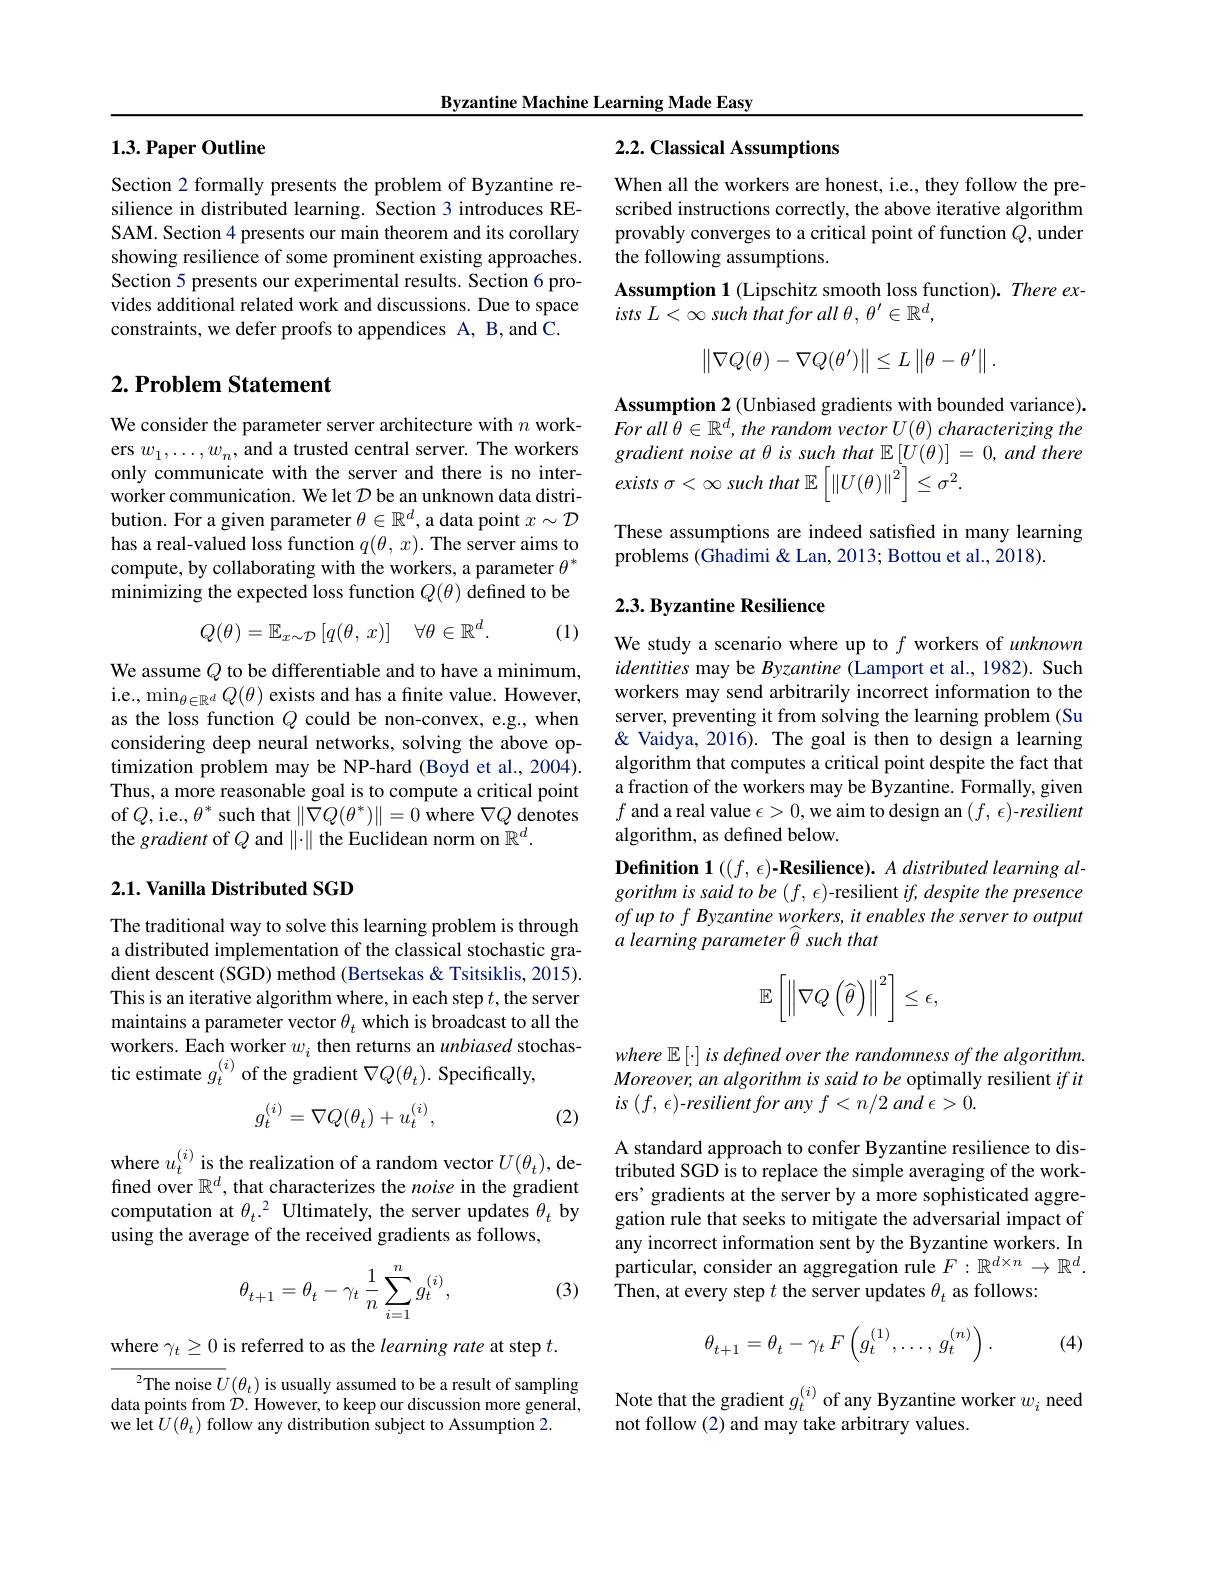
Byzantine Machine Learning Made Easy

## 1.3. Paper Outline

Section 2 formally presents the problem of Byzantine resilience in distributed learning. Section 3 introduces RESAM. Section 4 presents our main theorem and its corollary showing resilience of some prominent existing approaches. Section 5 presents our experimental results. Section 6 provides additional related work and discussions. Due to space constraints, we defer proofs to appendices A, B, and C.

## $2. \textbf{ Problem Statement}$

We consider the parameter server architecture with $n$ workers $w_1,\ldots,w_n$, and a trusted central server. The workers only communicate with the server and there is no interworker communication. We let $D$ be an unknown data distribution. For a given parameter $\theta\in\mathbb{R}^d$, a data point $x\sim\mathcal{D}$ has a real-valued loss function $q(\theta,x).$ The server aims to compute, by collaborating with the workers, a parameter $\theta^*$ minimizing the expected loss function $Q(\theta)$ defined to be
$$Q(\theta)=\mathbb{E}_{x\sim\mathcal{D}}\left[q(\theta,\:x)\right]\quad\forall\theta\in\mathbb{R}^{d}.$$
(1)

We assume $Q$ to be differentiable and to have a minimum, i.e., $\min_{\theta\in\mathbb{R}^d}Q(\theta)$ exists and has a finite value. However, as the loss function $Q$ could be non-convex, e.g., when considering deep neural networks, solving the above optimization problem may be NP-hard (Boyd et al., 2004). Thus, a more reasonable goal is to compute a critical point of $Q$,i.e., $\theta^*$ such that $\|\nabla Q(\theta^*)\|=0$ where $\nabla Q$ denotes the gradient of $Q$ and $\|\cdot\|$ the Euclidean norm on $\mathbb{R}^d.$

### 2.1. Vanilla Distributed SGD

The traditional way to solve this learning problem is through a distributed implementation of the classical stochastic gradient descent (SGD) method (Bertsekas & Tsitsiklis, 2015). This is an iterative algorithm where, in each step $t$,the server maintains a parameter vector $\theta_t$ which is broadcast to all the workers. Each worker $w_i$ then returns an unbiased stochastic estimate $g_t^{(i)}$ of the gradient $\nabla Q(\theta_t).$ Specifically,
$$g_t^{(i)}=\nabla Q(\theta_t)+u_t^{(i)},$$
(2)

where $u_t^{(i)}$ is the realization of a random vector $U(\theta_t)$, defined over $\mathbb{R}^d$, that characterizes the noise in the gradient computation at $\theta_t.^2$ Ultimately, the server updates $\theta_t$ by using the average of the received gradients as follows,

(3)
$$\theta_{t+1}=\theta_t-\gamma_t\:\frac{1}{n}\sum_{i=1}^ng_t^{(i)},$$
where $\gamma_t\geq0$ is referred to as the learning rate at step $t.$

$^2$The noise $U(\theta_t)$ is usually assumed to be a result of sampling data points from $\mathcal{D}.$ However, to keep our discussion more general, we let $U(\theta_{t})$ follow any distribution subject to Assumption 2.

## 2.2. Classical Assumptions

When all the workers are honest, i.e., they follow the prescribed instructions correctly, the above iterative algorithm provably converges to a critical point of function $\tilde{Q}$, under the following assumptions.
Assumption 1 (Lipschitz smooth loss function). There ex-
ists $L< \infty$ such that for all $\theta $, $\theta ^{\prime }\in \mathbb{R} ^d$,
$$\begin{Vmatrix}\nabla Q(\theta)-\nabla Q(\theta')\end{Vmatrix}\leq L\begin{Vmatrix}\theta-\theta'\end{Vmatrix}.$$
Assumption 2 (Unbiased gradients with bounded variance). Forall $\theta \in \mathbb{R} ^d, the$ random vector $U( \theta )$ characterizing the gradient noise at θ is such that $\mathbb{E}\left[U(\theta)\right]=0,and$ there exists $\sigma < \infty$ such that $\mathbb{E} \left [ \left \| U( \theta ) \right \| ^{2}\right ] \leq \sigma ^{2}.$

These assumptions are indeed satisfied in many learning
problems (Ghadimi& Lan, 2013; Bottou et al., 2018).

## 2.3. Byzantine Resilience

We study a scenario where up to $f$ workers of unknown identities may be Byzantine (Lamport et al., 1982). Such workers may send arbitrarily incorrect information to the server, preventing it from solving the learning problem (Su & Vaidya, 2016). The goal is then to design a learning algorithm that computes a critical point despite the fact that a fraction of the workers may be Byzantine. Formally, given $f$ and a real value $\epsilon>0$,we aim to design an $(f,\epsilon)$-resilient algorithm, as defined below.
Definition 1 $( ( f, \epsilon ) \textbf{- Resilience}) . A\textit{distributed learning al- Inesilience}) .$ $gorithmissaidtobe(f,\epsilon)$-resilient $if,despitethepresence$ $ofuptof\textit{ Byzantine workers, it enables the server to output}$ $a\textit{learning parameter }\widehat{\theta }$ such that
$$\mathbb{E}\left[\left\|\nabla Q\left(\widehat{\theta}\right)\right\|^2\right]\leq\epsilon,$$
where $\mathbb{E}\left[\cdot\right]is$ defined over the randomness of the algorithm. Moreover, an algorithm is said to be optimally resilient ifit $is$ $( f$, $\epsilon )$-resilient for any $f< n/ 2$ and $\epsilon > 0.$

A standard approach to confer Byzantine resilience to distributed SGD is to replace the simple averaging of the workers' gradients at the server by a more sophisticated aggregation rule that seeks to mitigate the adversarial impact of any incorrect information sent by the Byzantine workers. In particular, consider an aggregation rule $F:\mathbb{R}^d\times n\to\mathbb{R}^d.$ Then, at every step $t$ the server updates $\theta_t$ as follows:
$$\theta_{t+1}=\theta_t-\gamma_t\:F\left(g_t^{(1)},\dots,\:g_t^{(n)}\right).$$
(4)

Note that the gradient $g_t^{(i)}$ of any Byzantine worker $w_i$ need
not follow (2) and may take arbitrary values.